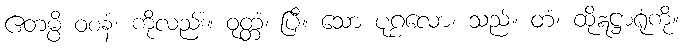
ဧတမ္ပိ ဝစနံ၊ ကိုလည်း။ ဝုတ္တံ၊ ပြီ။ သော ပုဂ္ဂလော၊ သည်။ တံ၊ ထိုဣဋ္ဌာရုံကို။